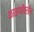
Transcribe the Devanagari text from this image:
फाळणीवरील